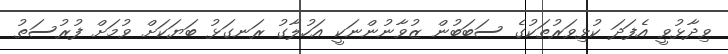
ވިދާޅުވީ އެފަދަ ކުޅިވަރުތަކުގެ ސަބަބުން ޒުވާނުންނަކީ އަހުލާގު ރަނގަޅު ބަޔަކަށް ވުމަށް ފުރުސަތު